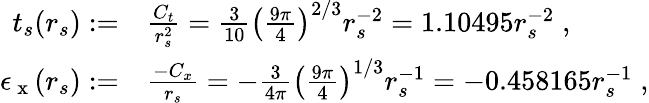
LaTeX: \begin{array}{rl}{t_{s}(r_{s}):=}&{{}\frac{C_{t}}{r_{s}^{2}}=\frac{3}{10}\big(\frac{9\pi}{4}\big)^{2/3}r_{s}^{-2}=1.10495r_{s}^{-2}\; ,}\\ {\epsilon_{\mathrm{~x~}}(r_{s}):=}&{{}\frac{-C_{x}}{r_{s}}=-\frac{3}{4\pi}\big(\frac{9\pi}{4}\big)^{1/3}r_{s}^{-1}=-0.458165r_{s}^{-1}\; ,}\end{array}